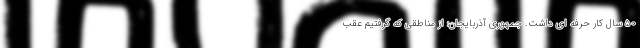
۵۰ سال کار حرفه ای داشت. جمهوری آذربایجان: از مناطقی که گرفتیم عقب